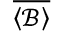
\overline { { \left\langle \mathcal { B } \right\rangle } }